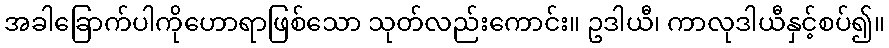
အခါခြောက်ပါကိုဟောရာဖြစ်သော သုတ်လည်းကောင်း။ ဥဒါယီ၊ ကာလုဒါယီနှင့်စပ်၍။